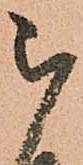
被